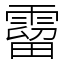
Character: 霤